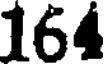
164